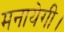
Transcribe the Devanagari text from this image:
मनायेगी।